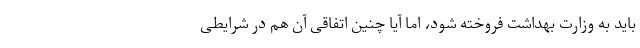
باید به وزارت بهداشت فروخته شود، اما آیا چنین اتفاقی آن هم در شرایطی